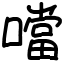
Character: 噹